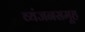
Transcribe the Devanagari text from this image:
व्यंजनसमूह